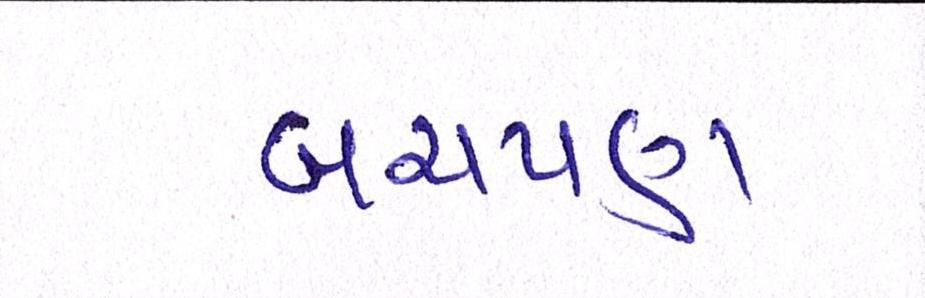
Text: બચપણ